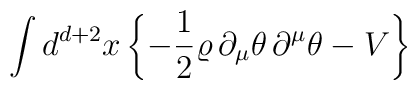
\int d^{d+2}x\left\{-\frac{1}{2}\varrho\,\partial_\mu\theta\,\partial^\mu\theta-V\right\}